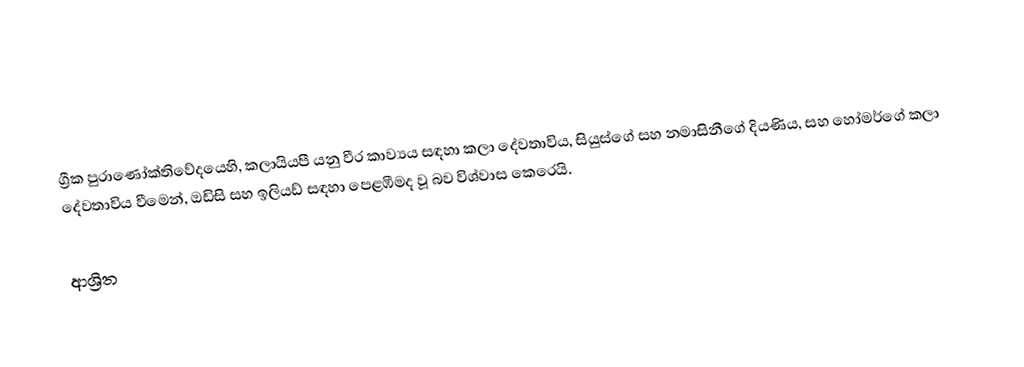
ග්‍රීක පුරාණෝක්තිවේදයෙහි, කලායියපී යනු වීර කාව්‍යය සඳහා කලා දේවතාවිය, සියුස්ගේ සහ නමාසිනීගේ දියණිය, සහ හෝමර්ගේ කලා දේවතාවිය වීමෙන්, ඔඩිසි සහ ඉලියඩ් සඳහා පෙළඹීමද වූ බව විශ්වාස කෙරෙයි.

ආශ්‍රිත